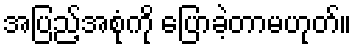
အပြည့်အစုံကို ပြောခဲ့တာမဟုတ်။